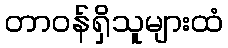
တာဝန်ရှိသူများထံ